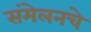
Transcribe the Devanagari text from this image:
संमेलनचे